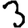
Digit: 3